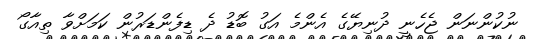
ނުކުންނަން ޖެހެނީ ދުނިޔޭގެ އެންމެ އަގު ބޮޑު ދެ ޑިފެންޑަރުން ކަމަށްވާ ތިއާގޯ